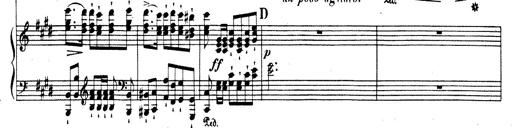
Title: Rhapsodie espagnole
Composer: Franz Liszt